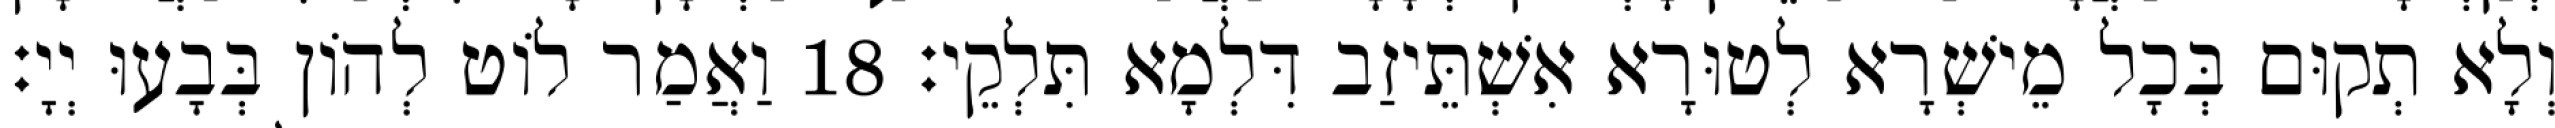
וְלָא תְקוּם בְּכָל מֵישְׁרָא לְטוּרָא אִשְׁתֵּיזַב דִּלְמָא תִּלְקֵי׃ 18 וַאֲמַר לוֹט לְהוֹן בְּבָעוּ יְיָ׃